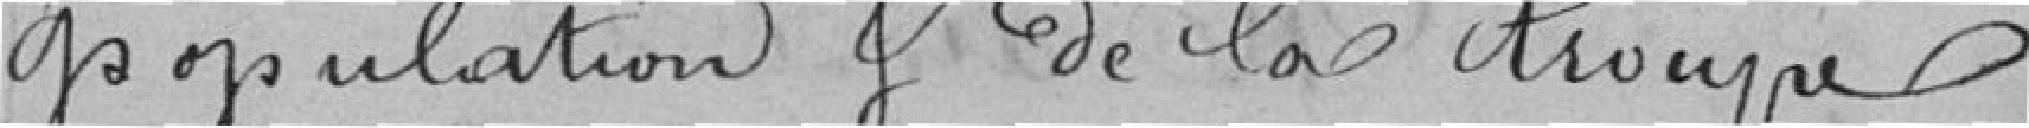
population et de la troupe;